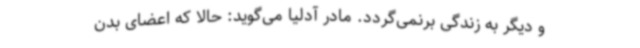
و دیگر به زندگی برنمی‌گردد. مادر آدلیا می‌گوید: حالا که اعضای بدن